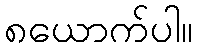
၈ယောက်ပါ။